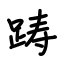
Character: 踌